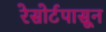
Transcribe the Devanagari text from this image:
रेसोर्टपासून